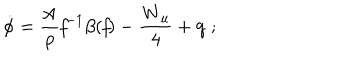
\mathrm { \dot { \ p h i } = { \frac { A } { p } } { \it f } ^ { - 1 } \ b e t a ( { \it f } ) - { \frac { W _ { u } } { 4 } } + q \; ; }